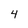
Character: 4